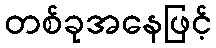
တစ်ခုအနေဖြင့်